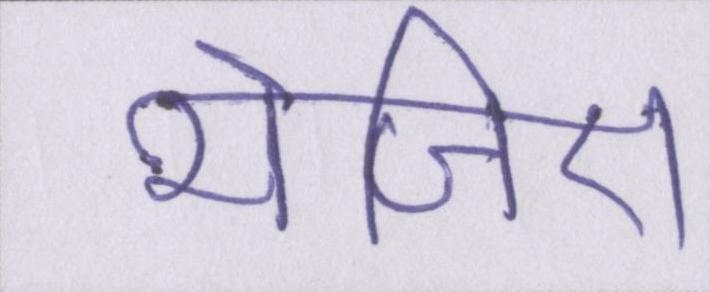
भेजिए